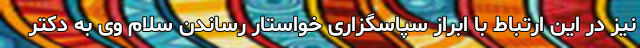
نیز در این ارتباط با ابراز سپاسگزاری خواستار رساندن سلام وی به دکتر